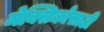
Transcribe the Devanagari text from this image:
मेक्सिकोसाठी